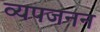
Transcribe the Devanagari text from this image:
व्‍यपजनन